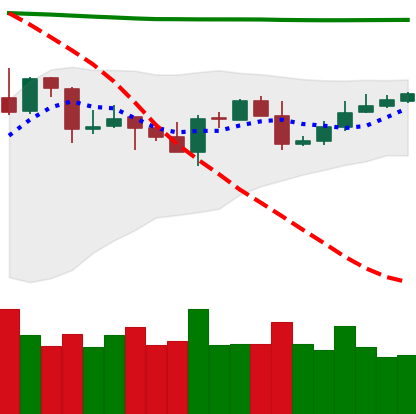
Ticker: XRP-USD
Chart end date: 2020-04-26
Forward return: 11.404%
Label: up_7plus